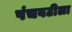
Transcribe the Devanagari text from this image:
पंचवटीला